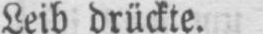
Leib drückte.